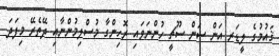
ޤައުމުގެ ލީޑަރ އަން ސަން ސޫޗީ ހުންނަވައި ރޮހިންގާ މުސްލިމުންނާއި ދޭތެރޭ މިފަދަ